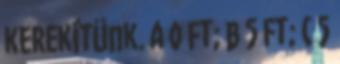
kerekítünk. a 0 Ft; b 5 Ft; c 5